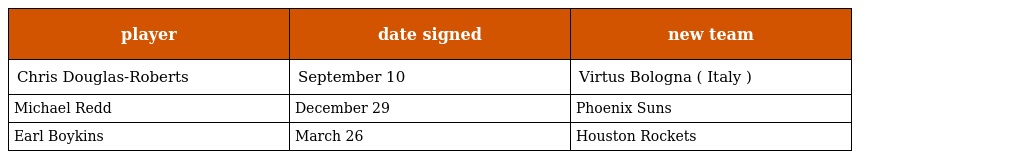
| player | date signed | new team |
 | --- | --- | --- |
 | Chris Douglas-Roberts | September 10 | Virtus Bologna ( Italy ) |
 | Michael Redd | December 29 | Phoenix Suns |
 | Earl Boykins | March 26 | Houston Rockets |